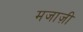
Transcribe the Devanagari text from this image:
मजाज़ी